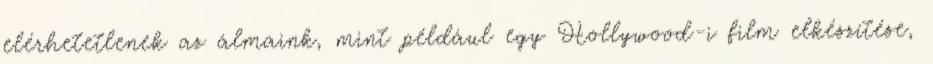
elérhetetlenek az álmaink, mint például egy Hollywood-i film elkészítése,